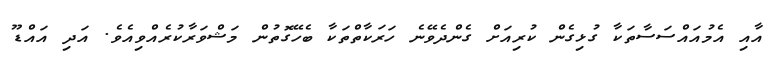
އާއި އެމުއައްސަސާތަކާ ގުޅިގެން ކުރިއަށް ގެންދެވޭނެ ހަރަކާތްތަކާ ބެހޭގޮތުން މަޝްވަރާކުރެއްވިއެވެ. އަދި އައްޑޫ